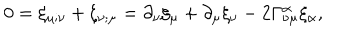
LaTeX: 0 = \xi _ { \mu ; \nu } + \xi _ { \nu ; \mu } = \partial _ { \nu } \xi _ { \mu } + \partial _ { \mu } \xi _ { \nu } - 2 \Gamma _ { \nu \mu } ^ { \alpha } \xi _ { \alpha } ,